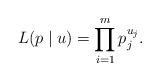
LaTeX: \begin{align*}L(p\mid u) = \prod_{i=1}^m p_j^{u_j}.\end{align*}